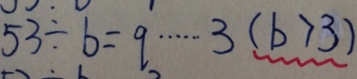
5 3 \div b = 9 \cdots 3 ( b > 3 )